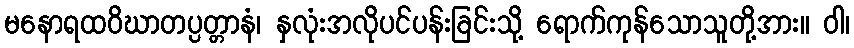
မနောရထဝိဃာတပ္ပတ္တာနံ၊ နှလုံးအလိုပင်ပန်းခြင်းသို့ ရောက်ကုန်သောသူတို့အား။ ဝါ၊